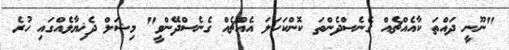
"ނޫނީ ދައްތަ ކާއެއްޗެއް ގެނެސްދެންތަ ކޮންކަހަލަ އެއްޗެއް ގެނެސްދޭންވީ" މިޝަލް ދެޚިޔާލެއްގައި ހުރެ